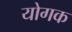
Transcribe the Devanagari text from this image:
योगक